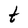
Character: t